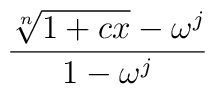
{\root n\of{1+cx}-\omega^j\over 1-\omega^j}